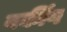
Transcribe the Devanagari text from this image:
वर्कींग